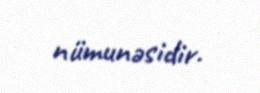
nümunəsidir.